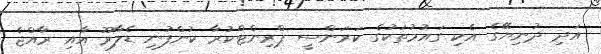
އަދި ދުނިޔޭގެ އެކި ގައުމުތަކުގެ ކަރަންސީ ޕްރިންޓްކުރާ ކުންފުނި ޑެލާރޫ އާއި ރާއްޖެ